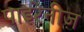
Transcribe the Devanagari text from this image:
पाइरेनीज़